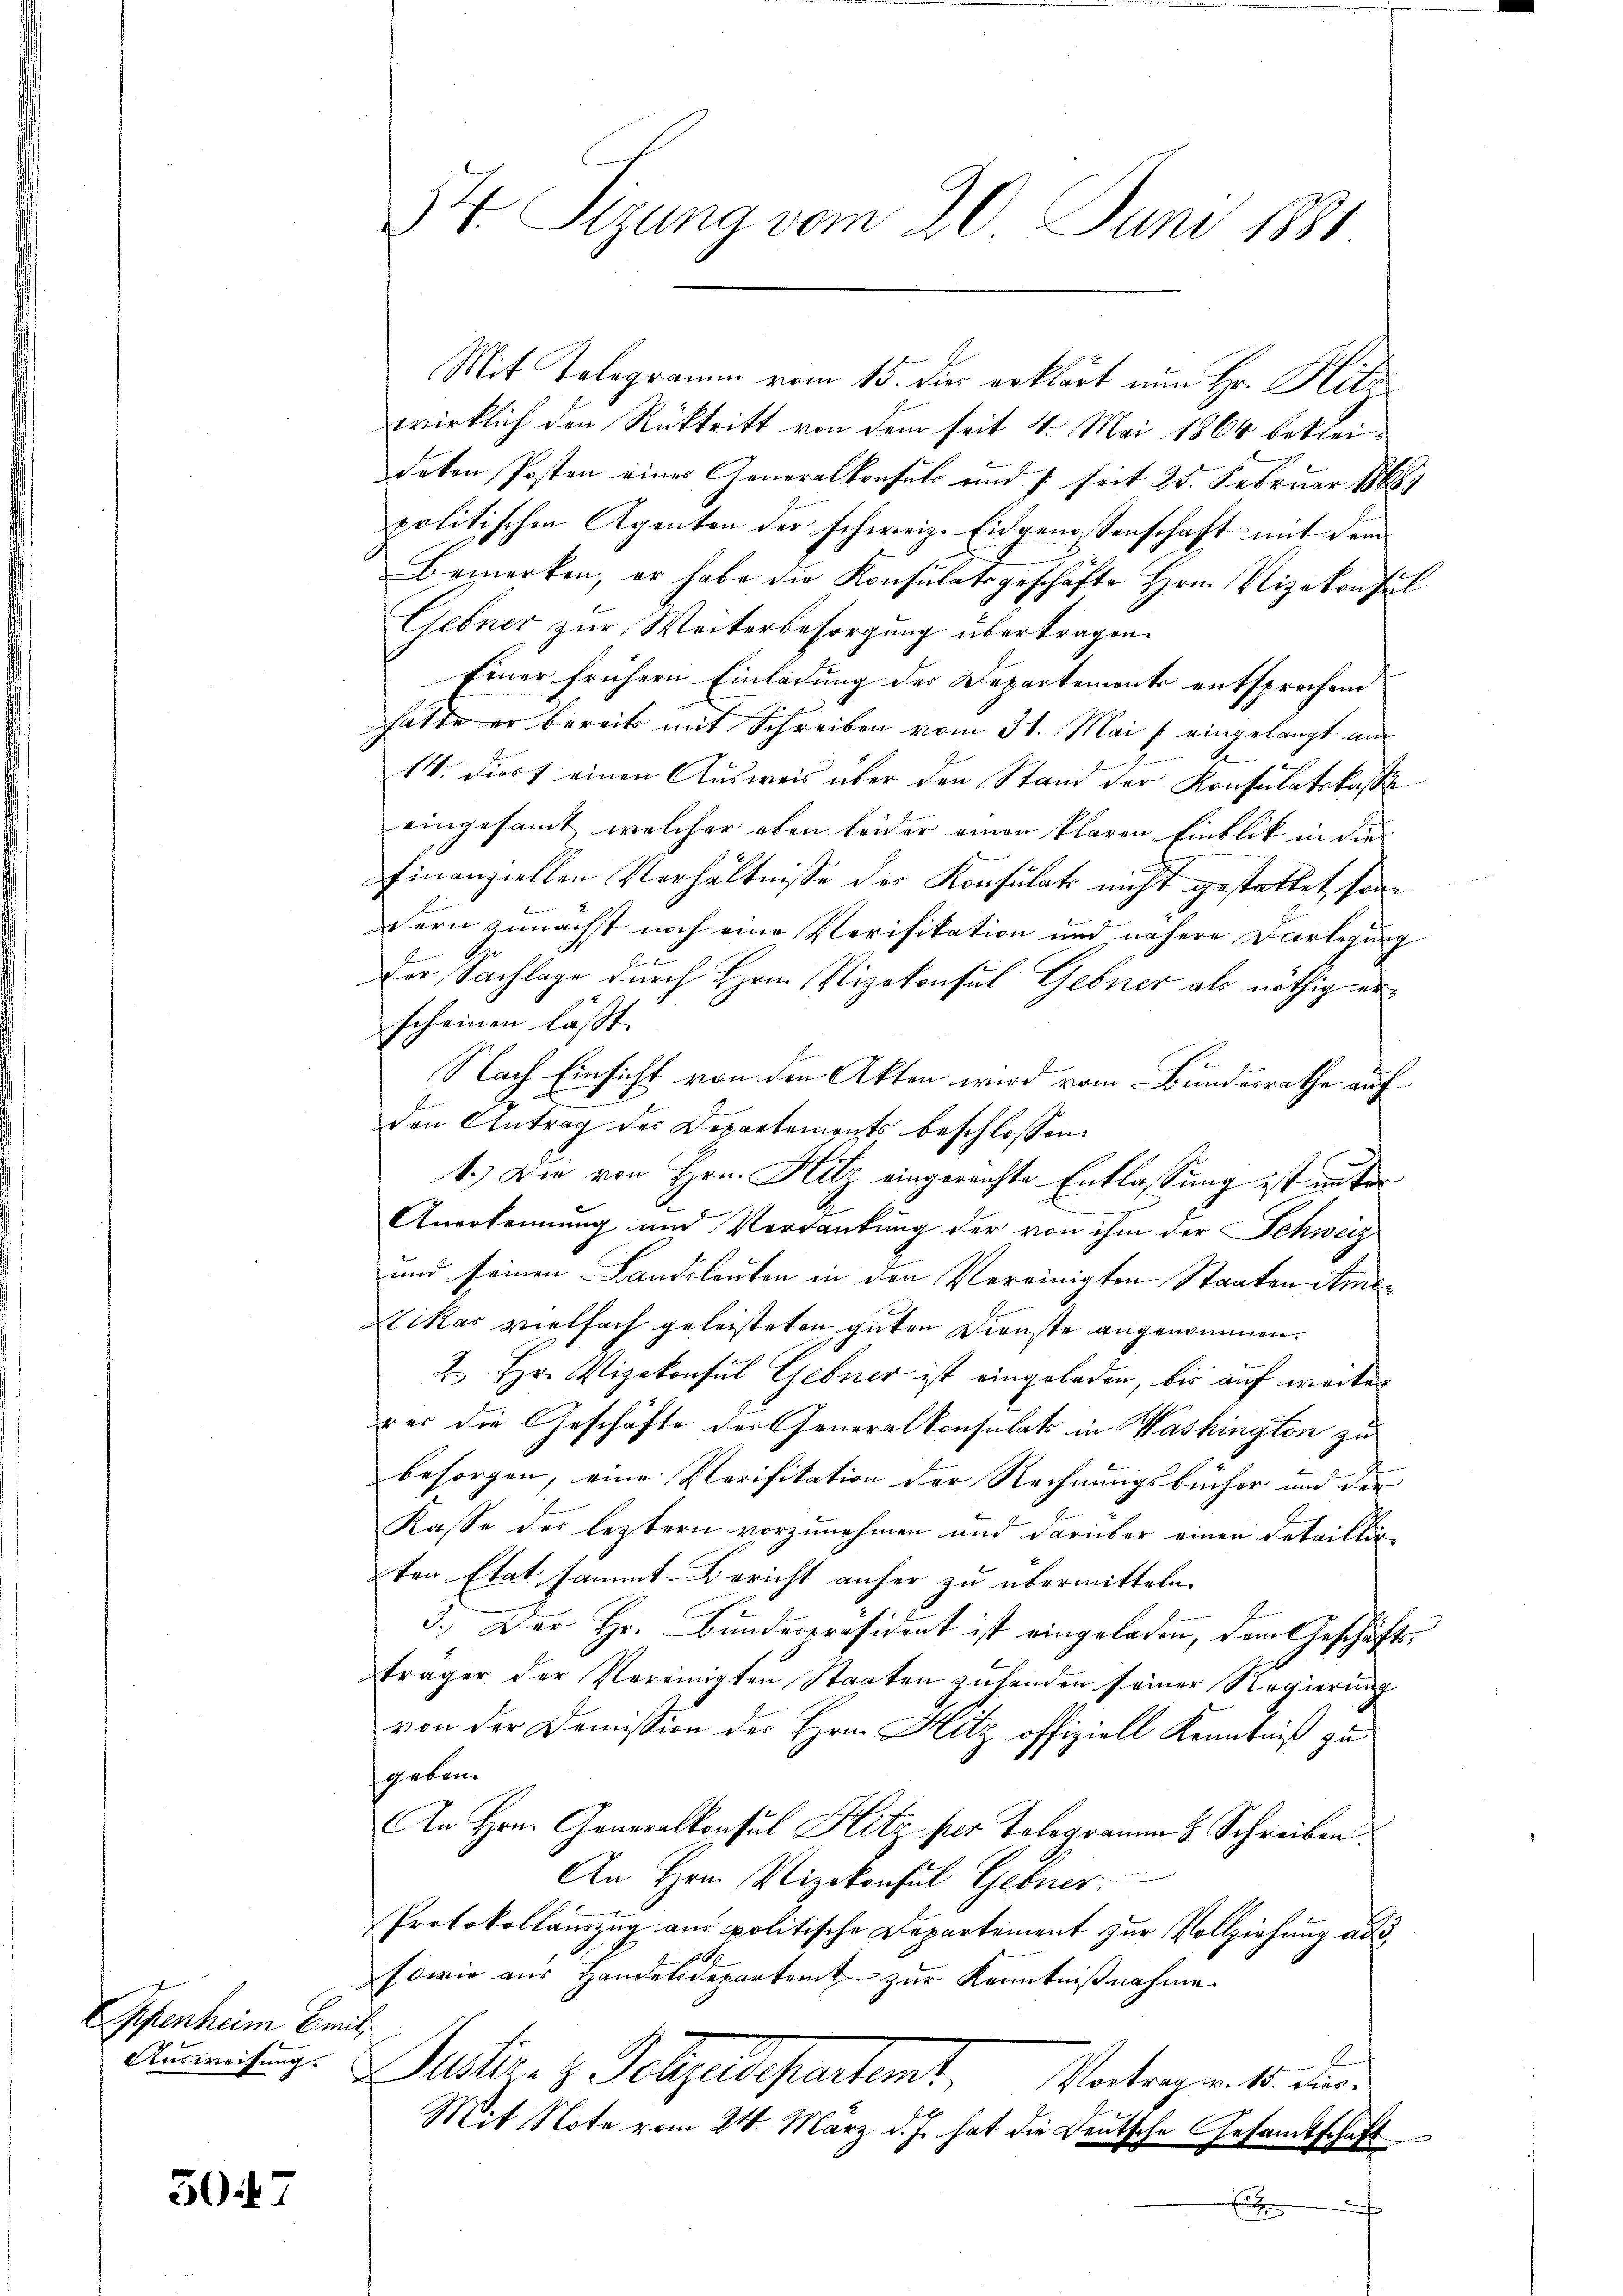
Offenheim Emil

5047

34 Sizung vom 20. Juni 1881

Mit Telegramm vom 15. der erklärt nun Hr. Hitz
wirklich den Rücktritt von dem seit 4. Mai 1864 bekleideton Posten eines Generalkonsuls und 1 seit 25. Februar 18887
politischen Agenten der schweiz. Eidgenossenschaft mit dem
Bemerken, er habe die Konsulatsgeschäfte Hrn. Vizekonsul
Gebner zur Weiterbesorgung übertragen.
Einer frühern Einladung des Departements entsprechend
hatte er bereits mit Schreiben vom 31. Mai / eingelangt aus
14. Diert einen Ausweis über den Stand der Konsulatskasse
eingesammt, welcher eben leider einen klaren Einblik in die
finanziellen Verhältnisse des Konsulats nicht gestattet, sondern zunächst noch eine Verifikation und nähere Darlegung
Der Sachlage durch Hrn. Vizekonsul Gebner als nöthig erscheinen lässt.
Nach Einsicht von den Akten wird vom Bundesrathe aufden Antrag des Departements beschlossen:
1.) Die von Hrn. Hitz eingereichte Entlassung ist unter
A.
Anerkennung und Verdankung der von ihm der Schweiz
und seinen Landsleuten in den Vereinigten Staaten Amer
Nikas vielfach geleisteten guten Dienste angenommen.
2. Hr. Vizekonsul Gebner ist eingeladen, bis auf weiter
rer die Geschäfte der Generalkonsulats in Washington zu
besorgen, eine Verifikation der Rechnungsbücher und der
Kasse des leztern vorzunehmen und darüber einen Detaillig-
ten Etat sammt Bericht anher zu übermitteln.
3.) Der Hr. Bunderpräsident ist eingeladen, dem Geschäftsträger der Vereinigten Staaten zuhanden seiner Regierung
von der Domission des Hrn. Hitz offiziell Kenntniß zu
geben.
An Hrn. Generalkonsul Hitz per Telegramm & Schreiben.
An Hrn. Vizekonsul Gebner.
Protokollauszug am politische Departement zur Vollziehung ad 3,
sowie aus Handelsdeparteit zur Kenntnißnahme
Ausmitung. Justiz- & Polyedepartemt
Vortrag v. 15. dies
Mit Note vom 24. März d. J. hat die Deutsche Gesamtschaft

.